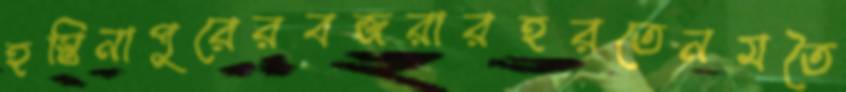
হস্তিনাপুরেরবজরারহরতেনমতৈ